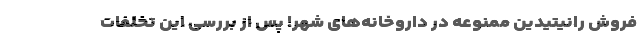
فروش رانیتیدین ممنوعه در داروخانه‌های شهر! پس از بررسی این تخلفات